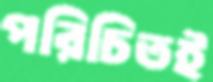
পরিচিতই